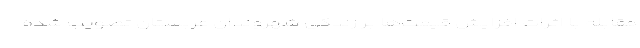
مقابله با اثرات افزایش قیمت‌ها بر زندگی شهروندان عربستان تصویب شده